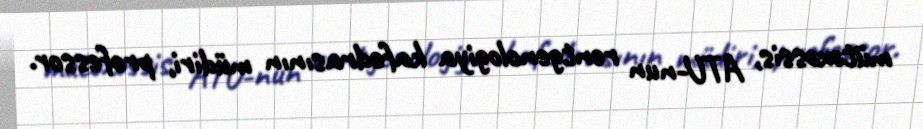
mütəxəssis, ATU-nun rentgenologiya kafedrasının müdiri, professor.